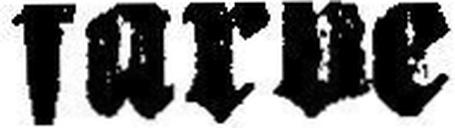
farbe